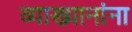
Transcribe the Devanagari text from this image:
व्याख्यानांना